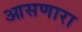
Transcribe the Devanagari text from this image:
आसणारा